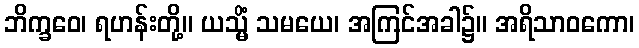
ဘိက္ခဝေ၊ ရဟန်းတို့။ ယသ္မိံ သမယေ၊ အကြင်အခါ၌။ အရိသာဝကော၊